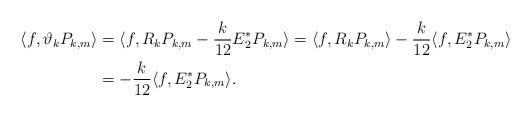
LaTeX: \begin{align*} \langle f, \vartheta_k P_{k,m}\rangle & = \langle f, R_k P_{k,m} -\frac{k}{12} E_2^{*} P_{k, m} \rangle = \langle f, R_k P_{k,m} \rangle -\frac{k}{12} \langle f, E_2^{*} P_{k, m} \rangle \\&= -\frac{k}{12} \langle f, E_2^{*} P_{k, m} \rangle. \end{align*}